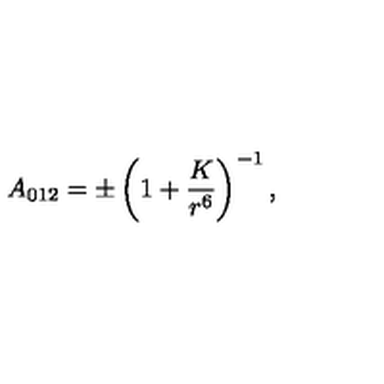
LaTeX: A _ { 0 1 2 } = \pm \left( 1 + \frac { K } { r ^ { 6 } } \right) ^ { - 1 } ,